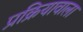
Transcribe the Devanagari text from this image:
प्रक्रियावाला